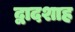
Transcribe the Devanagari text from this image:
द्वादशाह